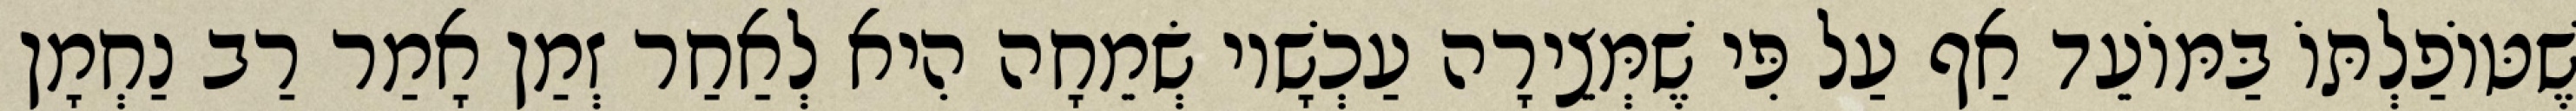
שֶׁטּוֹפַלְתּוֹ בַּמּוֹעֵד אַף עַל פִּי שֶׁמְּצֵירָה עַכְשָׁיו שְׂמֵחָה הִיא לְאַחַר זְמַן אָמַר רַב נַחְמָן